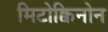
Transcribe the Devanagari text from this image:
मिटोक्विनोन